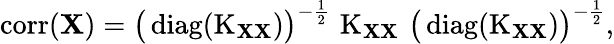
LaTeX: \operatorname{corr}(\mathbf{X})={\big(}\operatorname{diag}(\operatorname{K}_{\mathbf{X}\mathbf{X}}){\big)}^{-{\frac{1}{2}}}\, \operatorname{K}_{\mathbf{X}\mathbf{X}}\, {\big(}\operatorname{diag}(\operatorname{K}_{\mathbf{X}\mathbf{X}}){\big)}^{-{\frac{1}{2}}},